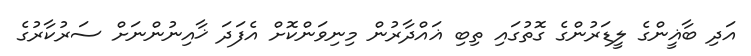
އަދި ބާޣީންގެ ލީޑަރުންގެ ގޮތުގައި ތިބި ޣައްދާރުން މިނިވަންކޮށް އެފަދަ ޚާއިނުންނަށް ސަރުކާރުގެ